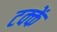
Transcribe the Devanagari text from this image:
टक्कें